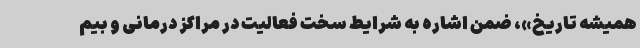
همیشه تاریخ»، ضمن اشاره به شرایط سخت فعالیت در مراکز درمانی و بیم